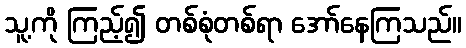
သူ့ကို ကြည့်၍ တစ်စုံတစ်ရာ အော်နေကြသည်။